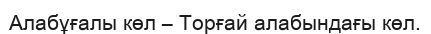
Алабұғалы көл – Торғай алабындағы көл.